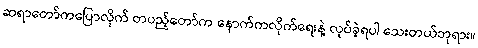
ဆရာတော်ကပြောလိုက် တပည့်တော်က နောက်ကလိုက်ရေးနဲ့ လုပ်ခဲ့ရပါ သေးတယ်ဘုရား။